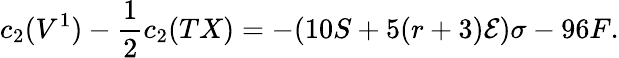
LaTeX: c_{2}(V^{1})-\frac{1}{2}c_{2}(TX)=-(10S+5(r+3){\cal{E}})\sigma-96F.